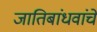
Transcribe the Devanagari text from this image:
जातिबांधवांचे